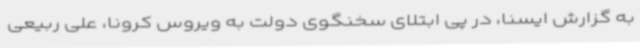
به گزارش ایسنا، در پی ابتلای سخنگوی دولت به ویروس کرونا، علی ربیعی